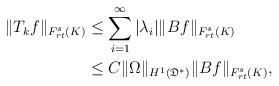
LaTeX: \begin{align*} \|T_kf\|_{F_{r t}^s(K)} & \leq \sum\limits_{i=1}^{\infty} |\lambda_i| \|Bf\|_{F_{r t}^s(K)} \\ & \leq C \|\Omega\|_{H^1(\mathfrak{D}^*)} \|Bf\|_{F_{r t}^s(K)}, \\ \end{align*}